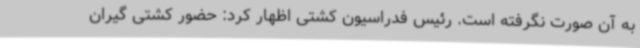
به آن صورت نگرفته است. رئیس فدراسیون کشتی اظهار کرد: حضور کشتی گیران